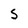
Character: S